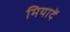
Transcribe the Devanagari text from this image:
मियादें